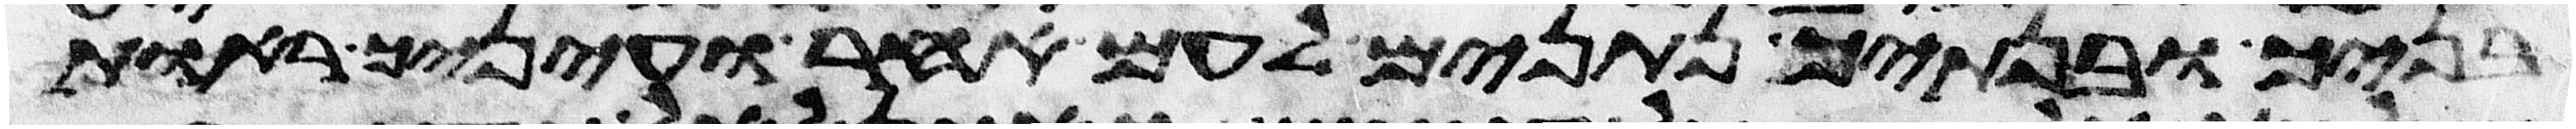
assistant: בניך ובנתיך נתנים לעם אחר ועיניך ראות